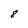
Character: 8